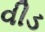
વીડ